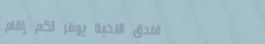
فندق النخبة يوفر لكم إقام